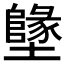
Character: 𡓬